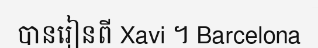
បានរៀនពី Xavi ។ Barcelona